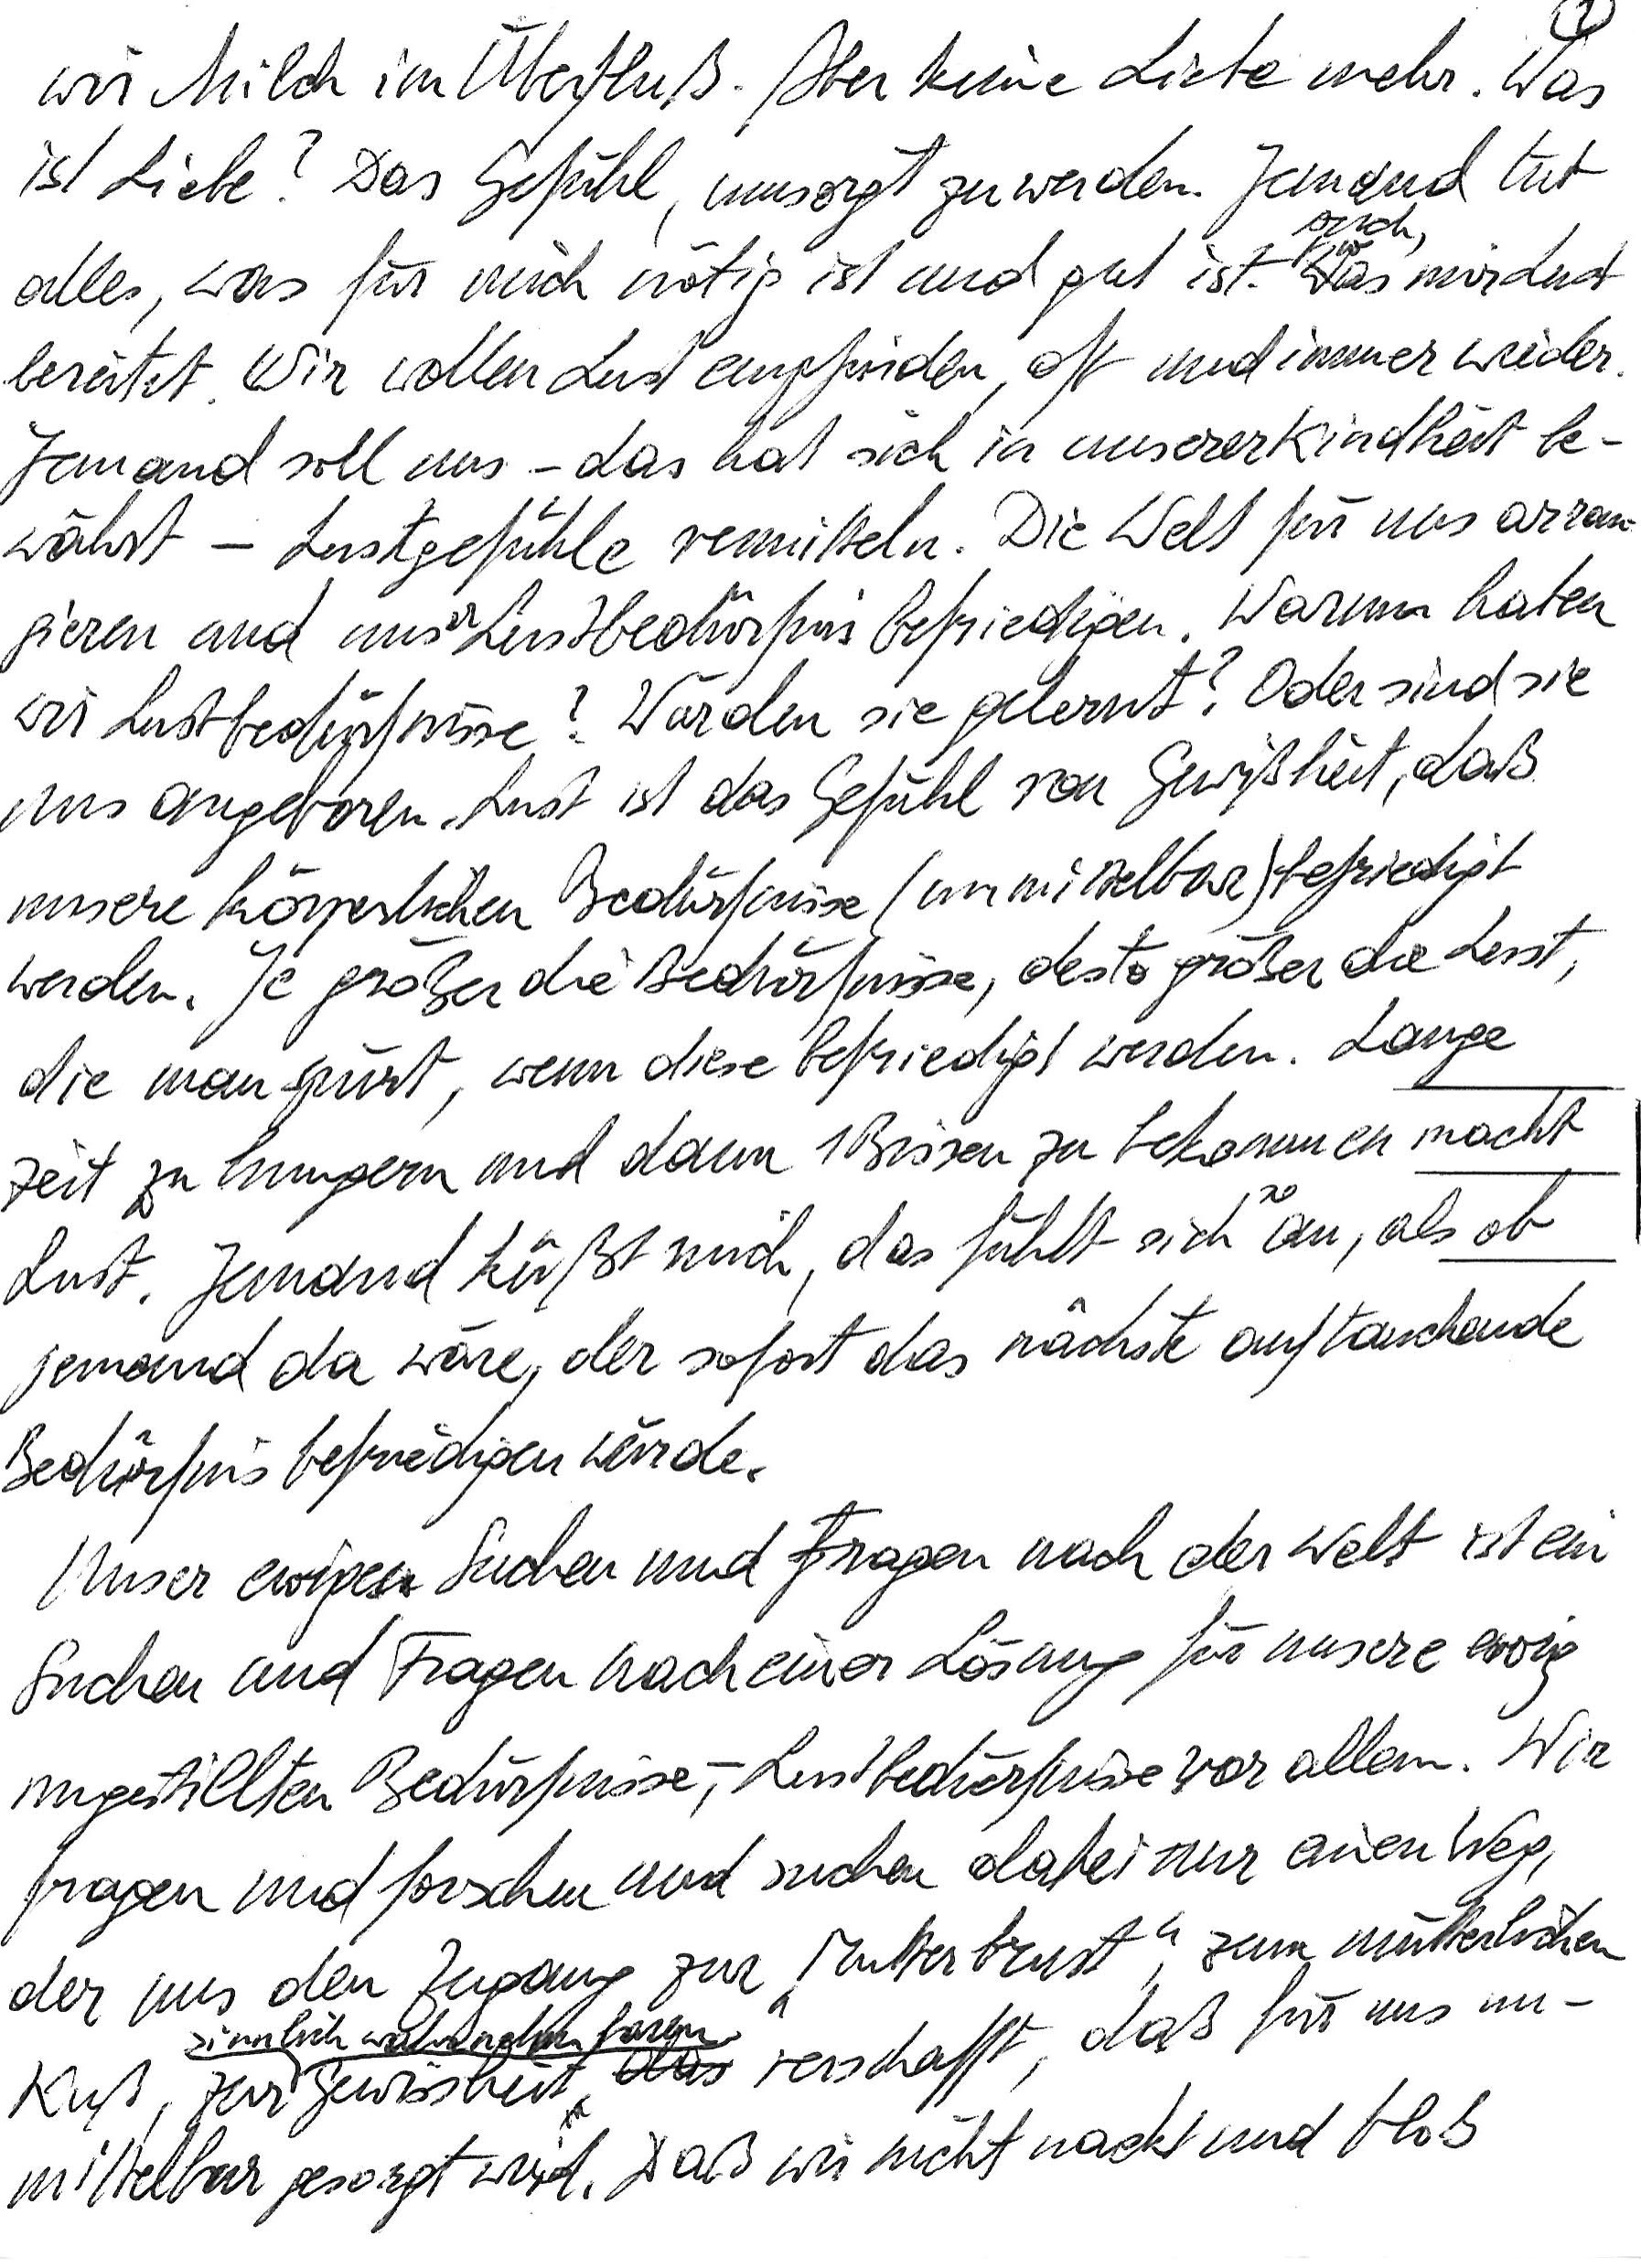
wir Milch im Überfluß. Aber keine Liebe mehr. Was
ist Liebe? Das Gefühl, umsorgt zu werden. Jemand tut
alles, was für mich nötig ist und gut ist. Auch, was mir Lust
bereitet. Wir wollen Lust empfinden, oft und immer wieder.
Jemand soll uns – das hat sich in unserer Kindheit be-
währt – Lustgefühle vermitteln. Die Welt für uns arran-
gieren und unser Lustbedürfnis befriedigen. Warum haben
wir Lustbedürfnisse? Wurden sie gelernt? Oder sind sie
uns angeboren? Lust ist das Gefühl von Gewißheit, daß
unsere körperlichen Bedürfnisse (unmittelbar) befriedigt
werden. Je größer die Bedürfnisse, desto größer die Lust,
die man spürt, wenn diese befriedigt werden. Lange
Zeit zu hungern und dann 1 Bissen zu bekommen macht
Lust. Jemand küßt mich, das fühlt sich so an, als ob
jemand da wäre, der sofort das nächste auftauchende
Bedürfnis befriedigen würde.
Unser ewiges Suchen und Fragen nach der Welt ist ein
Suchen und Fragen nach einer Lösung für unsere ewig
ungestillten Bedürfnisse, – Lustbedürfnisse vor allem. Wir
fragen und forschen und suchen dabei nur einen Weg,
der uns den Zugang zur „Mutterbrust“, zum mütterlichen
Kuß, zur sinnlich wahrnehmbaren Gewissheit verschafft, daß für uns un-
mittelbar gesorgt wird. Daß wir nicht nackt und bloß